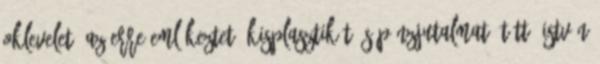
oklevelet, az erre emlékeztető kisplasztikát és pénzjutalmat. Tüttő István